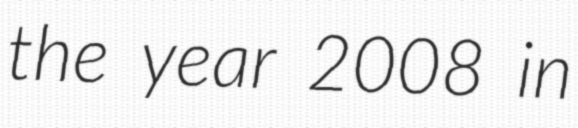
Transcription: the year 2008 in